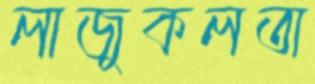
লাজুকলতা